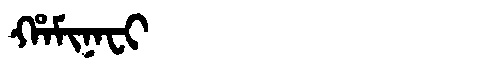
Manchu: ᡥᠠᠮᡳᠨᠠᠸᡳ
Romanization: HAMINAFI